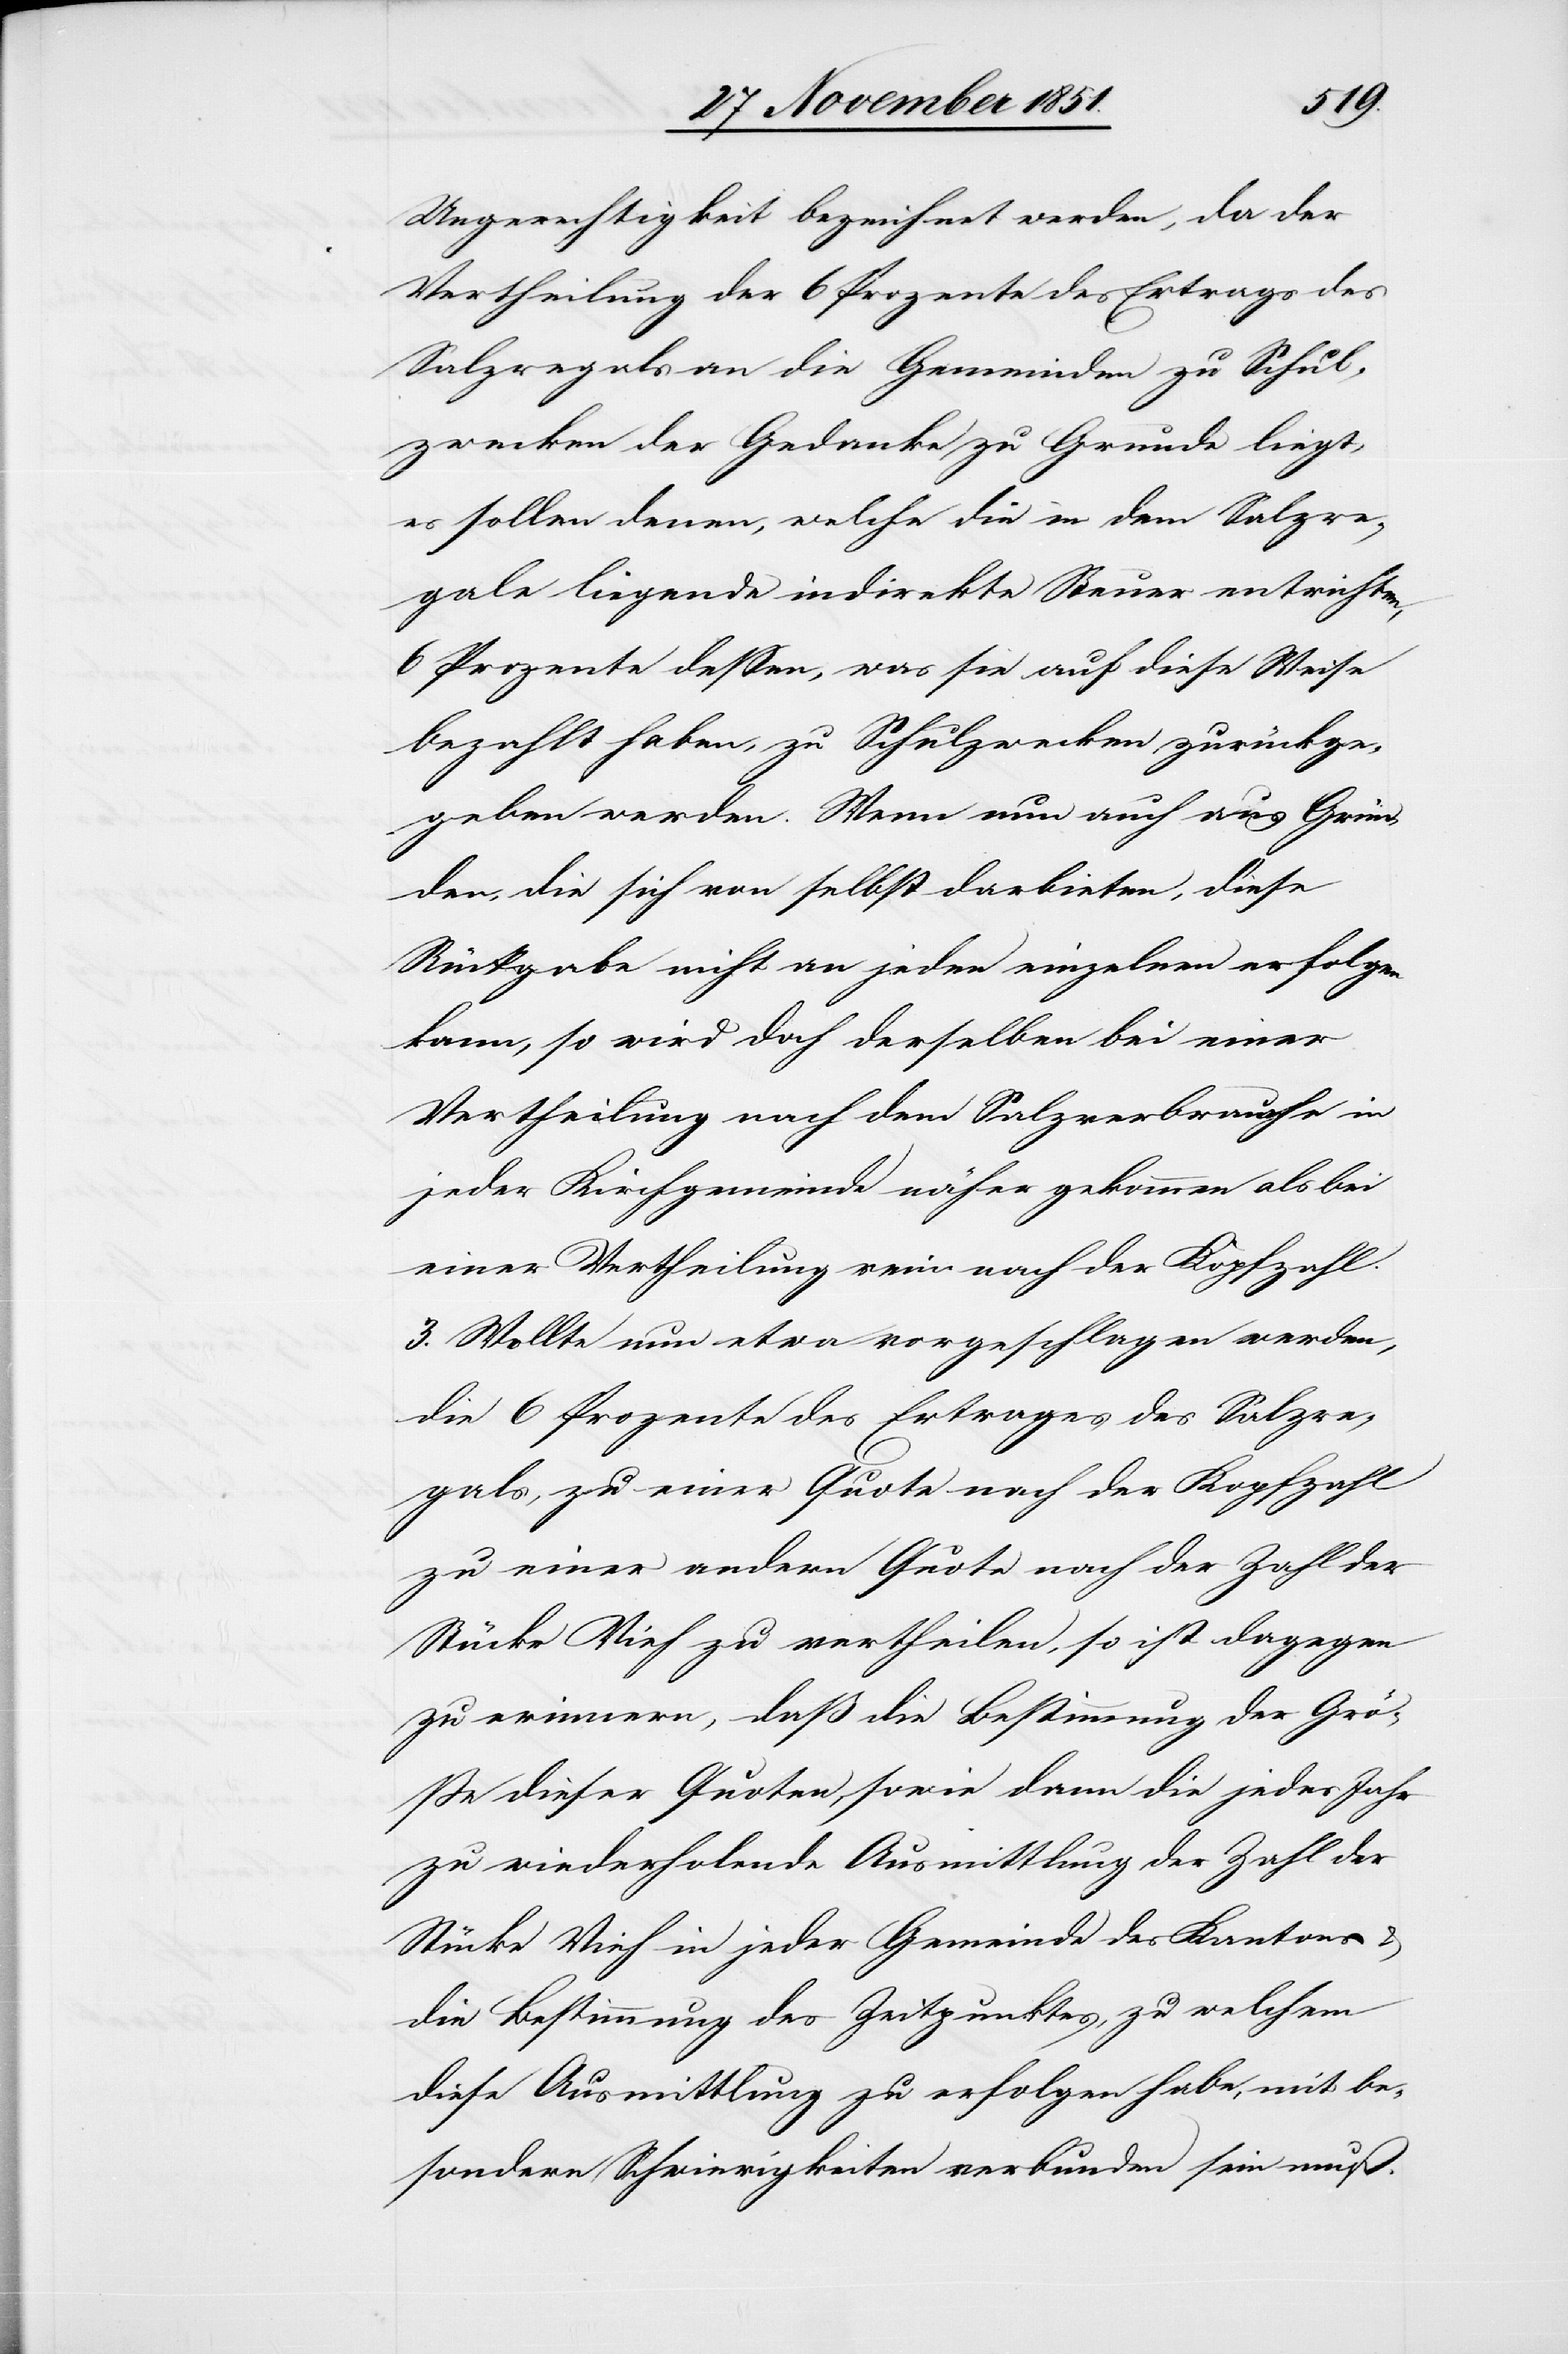
Ungerechtigkeit bezeichnet werden, da der
Vertheilung der 6 Prozente des Ertrags des
Salzregals an die Gemeinden zu Schul¬
zwecken der Gedanke zu Grunde liegt,
es sollen denen, welche die in dem Salzre¬
gale liegende indirekte Steuer entrichten,
6 Prozente dessen, was sie auf diese Weise
bezahlt haben, zu Schulzwecken zurückge¬
geben werden. Wenn nun auch aus Grün¬
den, die sich von selbst darbieten, diese
Rückgabe nicht an jeden einzelnen erfolgen
kann, so wird doch derselben bei einer
Vertheilung nach dem Salzverbrauche in
jeder Kirchgemeinde näher gekommen als bei
einer Vertheilung rein nach der Kopfzahl.
3. Wollte nun etwa vorgeschlagen werden,
die 6 Prozente des Ertrages des Salzre¬
gals, zu einer Quote nach der Kopfzahl
zu einer andern Quote nach der Zahl der
Stücke Vieh zu vertheilen, so ist dagegen
zu erinnern, daß die Bestimmung der Grö¬
ße dieser Quoten, sowie dann die jedes Jahr
zu wiederholende Ausmittlung der Zahl der
Stücke Vieh in jeder Gemeinde des Kantons
die Bestimmung des Zeitpunktes, zu welchem
diese Ausmittlung zu erfolgen habe, mit be¬
sondern Schwierigkeiten verbunden sein muß.